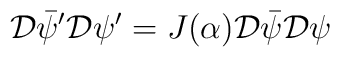
{\cal D}\bar{\psi}^{\prime}{\cal D}\psi^{\prime}=J(\alpha) {\cal D}\bar{\psi}{\cal D}\psi